Vaccination in the Punjab 1883-1896 - 1883-1896
Year: 1883
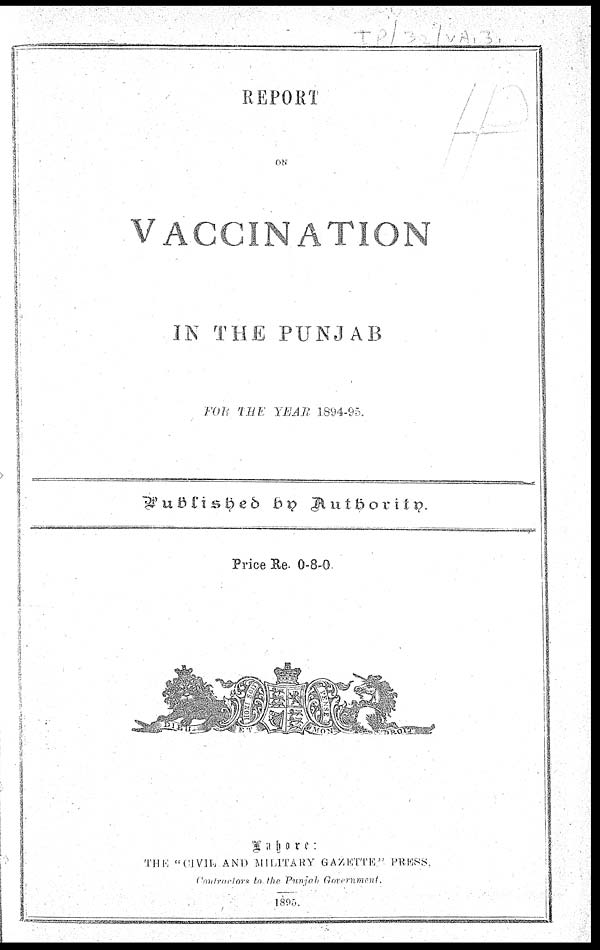
REPORT
ON
VACCINATION
IN THE PUNJAB
FOR THE YEAR 1894-95.
Price Re. 0-8-0
Lahore:
THE "CIVIL
AND MILITARY GAZETTE" PRESS.
Contractors to the Punjab Government..
1895.